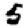
Digit: 5